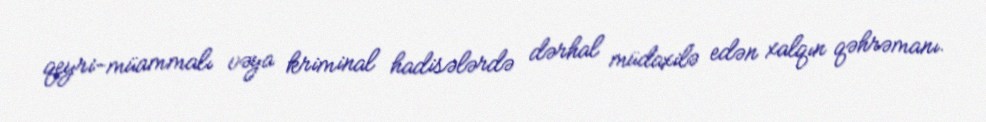
qeyri-müammalı vəya kriminal hadisələrdə dərhal müdaxilə edən xalqın qəhrəmanı.